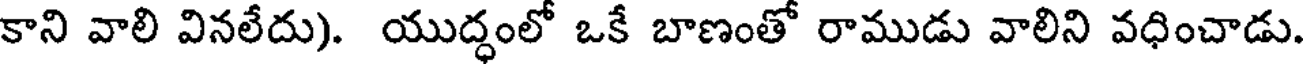
కాని వాలి వినలేదు). యుద్ధంలో ఒకే బాణంతో రాముడు వాలిని వధించాడు.